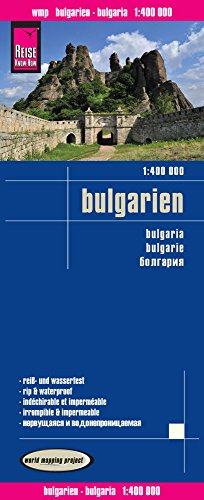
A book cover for Bulgaria; Reise Know-How Verlag; Travel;